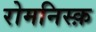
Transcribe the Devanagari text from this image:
रोमनिस्क़